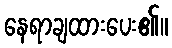
နေရာချထားပေး၏။